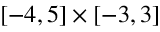
[ - 4 , 5 ] \times [ - 3 , 3 ]